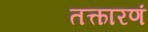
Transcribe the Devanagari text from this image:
तत्कारणं